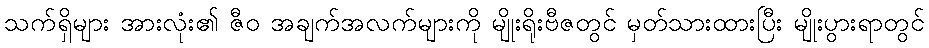
သက်ရှိများ အားလုံး၏ ဇီဝ အချက်အလက်များကို မျိုးရိုးဗီဇတွင် မှတ်သားထားပြီး မျိုးပွားရာတွင်